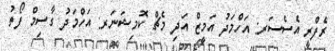
ރެފްރީ އެސެސަރ: އަހްމަދު އަމީޒް އަދި މެޗް ކޮމިޝަނަރ: އަހްމަދު ގާސިމް ފޯތު